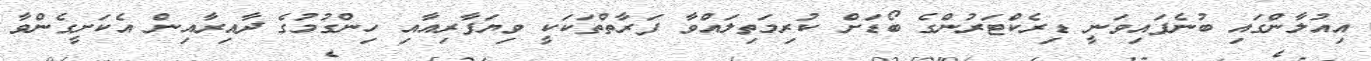
އިއުލާންގައި ބުނެފައިވަނީ ޑިރެކްޓަރުންގެ ބޯޑަށް ކުރިމަތިލައްވާ ފަރާތްތަކަކީ ވިޔަފާރިއާއި ހިންގުމުގެ ދާއިރާއިން އެކަށީގެންވާ